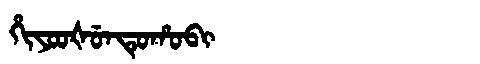
Manchu: ᡥᡳᠶᠣᠣᡧᡠᠨᡨᡠᡥᠣᠪᡳ
Romanization: HIYOOŠUNTUHOBI